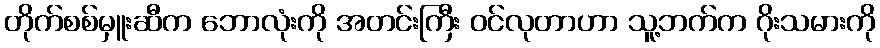
တိုက်စစ်မှူးဆီက ဘောလုံးကို အတင်းကြီး ဝင်လုတာဟာ သူ့ဘက်က ဂိုးသမားကို